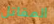
المقاتل